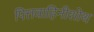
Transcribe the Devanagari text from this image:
पित्तवाहिनीशोथ